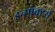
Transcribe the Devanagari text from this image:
इन्स्पेक्टर्स्